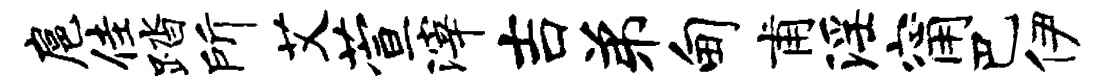
扈佳踏所艾萱滓吉弟甸甫淫甯巴伊